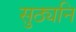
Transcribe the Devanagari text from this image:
सुठ्यनि